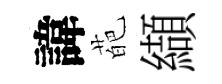
諱葩纈